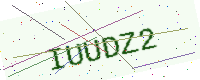
Text: IUUDZ2